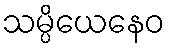
သမ္ပိယေနေဝ